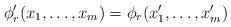
LaTeX: \begin{align*} \phi'_r(x_1,\ldots,x_m)=\phi_r(x'_1,\ldots,x'_m) \end{align*}